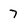
Character: 7